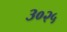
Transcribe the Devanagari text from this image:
३०२५